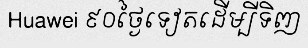
Huawei ៩០ថ្ងៃទៀតដើម្បីទិញ